Lunatic asylums Bombay report 1891-1903 - 1891-1903
Year: 1891
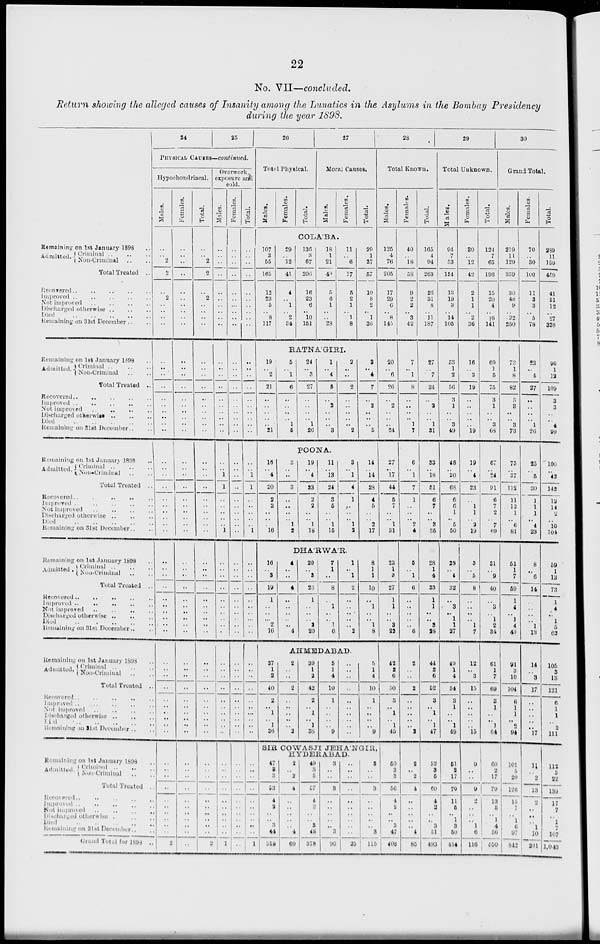
22
No. VII—concluded.
Return showing the alleged causes of Insanity among the Lunatics in the Asylums in the Bombay Presidency
during the year 1898.
Remaining on 1st January 1898 ..
Admitted .. Criminal
..
..
..
Non-Criminal .. ..
Total Treated ..
Recovered .. .. .. .. ..
Improved
..
..
..
..
..
Not improved .. .. .. ..
Discharged otherwise
..
..
..
Died
..
..
..
..
..
Remaining on 31st December .. ..
Remaining on 1st January 1898 ..
Admitted .. Criminal .. .. ..
Non-Criminal .. ..
Total Treated ..
Recovered
..
..
..
..
..
Improved .. .. .. .. ..
Not improved
..
..
..
..
Discharged otherwise
..
..
..
Died
..
..
..
..
..
Remaining on 31st December .. ..
Remaining on 1st January 1898
..
Admitted .. Criminal
..
..
..
Non-Criminal .. ..
Total Treated ..
Recovered
..
..
..
..
..
Improved
..
..
..
..
..
Not improved
..
..
..
..
Discharged otherwise
..
..
..
Died
..
..
..
..
..
Remaining on 31st December .. ..
Remaining on 1st January 1898 ..
Admitted .. Criminal
..
..
..
Non-Criminal .. ..
Total Treated ..
Recovered .. .. .. .. ..
Improved
..
..
..
..
..
Not improved .. .. .. ..
Discharged otherwise
..
..
..
Died .. .. ..
Remaining on 31st December .. ..
Remaining on 1st January 1893 ..
Admitted .. Criminal .. .. ..
Non-Criminal .. ..
Total Treated ..
Recovered .. .. .. .. ..
Improved .. .. .. .. ..
Not improved .. .. .. ..
Discharged otherwise .. .. .. ..
Died .. .. .. .. ..
Remaining on 31st December .. ..
Remaining on 1st January 1898 ..
Admitted .. Criminal
..
..
..
Non-Criminal .. ..
Total Treated ..
Recovered
..
..
..
..
..
Improved
..
..
..
..
..
Not improved .. .. .. ..
Discharged otherwise .. .. ..
Died .. .. .. .. ..
Remaining on 31st December .. ..
Grand Total for 1898 ..
24
25
PHYSICAL CAUSES—continued.
Hypochondriacal.
Males.
..
..
2
2
..
2
..
..
..
..
..
..
..
..
..
..
..
..
..
..
..
..
..
..
..
..
..
..
..
..
..
..
..
..
..
..
..
..
..
..
..
..
..
..
..
..
..
..
..
..
..
..
..
..
..
..
..
..
..
..
2
Females.
..
..
..
..
..
..
..
..
..
..
..
..
..
..
..
..
..
..
..
..
..
..
..
..
..
..
..
..
..
..
..
..
..
..
..
..
..
..
..
..
..
..
..
..
..
..
..
..
..
..
..
..
..
..
..
..
..
..
..
..
..
Total.
..
..
2
2
..
2
..
..
..
..
..
..
..
..
..
..
..
..
..
..
..
..
..
..
..
..
..
..
..
..
..
..
..
..
..
..
..
..
..
..
..
..
..
..
..
..
..
..
..
..
..
..
..
..
..
..
..
..
..
..
2
Overwork,
exposure and
cold.
Males.
..
..
..
..
..
..
..
..
..
..
..
..
..
..
..
..
..
..
..
..
..
..
1
1
..
..
..
..
..
1
..
..
..
..
..
..
..
..
..
..
..
..
..
..
..
..
..
..
..
..
..
..
..
..
..
..
..
..
..
..
1
Females.
..
..
..
..
..
..
..
..
..
..
..
..
..
..
..
..
..
..
..
..
..
..
..
..
..
..
..
..
..
..
..
..
..
..
..
..
..
..
..
..
..
..
..
..
..
..
..
..
..
..
..
..
..
..
..
..
..
..
..
..
..
Total.
..
..
..
..
..
..
..
..
..
..
..
..
..
..
..
..
..
..
..
..
..
..
1
1
..
..
..
..
..
1
..
..
..
..
..
..
..
..
..
..
..
..
..
..
..
..
..
..
..
..
..
..
..
..
..
..
..
..
..
..
1
26
Total Physical.
Males.
Females.
Total.
27
Moral Causes.
Males.
Females.
Total.
COLÁBA.
107
3
55
165
12
23
5
..
8
117
29
..
12
41
4
..
1
..
2
34
136
3
67
206
16
23
6
..
10
151
18
1
21
40
5
6
1
..
..
28
11
..
6
17
5
2
1
..
1
8
29
1
27
57
10
8
2
..
1
36
RATNÁGIRI.
19
..
2
21
..
..
..
..
..
21
5
..
1
6
..
..
..
..
1
5
24
..
3
27
..
..
..
..
1
26
1
..
4
5
..
2
..
..
..
3
2
..
..
2
..
..
..
..
..
2
8
..
4
7
..
2
..
..
..
5
POONA.
16
..
4
20
2
2
..
..
..
16
3
..
..
3
..
..
..
..
1
2
19
..
4
23
2
2
..
..
1
18
11
..
13
24
3
5
..
..
1
15
3
..
1
4
1
..
..
..
1
2
14
..
14
28
4
5
..
..
2
17
DHÁRWÁR
16
..
3
19
1
..
..
..
2
16
4
..
..
4
..
..
..
..
..
4
20
..
3
23
1
..
..
..
2
20
7
1
..
8
..
1
..
..
1
6
1
..
1
2
..
..
..
..
..
2
8
1
1
10
..
1
..
..
1
8
AHMEDABAD.
37
1
2
40
2
..
1
..
1
36
2
..
..
2
..
..
..
..
..
2
39
1
2
42
2
..
1
..
1
38
5
1
4
10
1
..
..
..
..
9
..
..
..
..
..
..
..
..
..
..
5
1
4
10
1
..
..
..
..
9
SIR COWASJI JEHÁNGIR,
HYDERABAD.
47
3
3
53
4
2
..
..
3
44
318
2
..
2
4
..
..
..
..
..
4
60
49
3
5
57
4
2
..
..
3
48
378
3
..
..
3
..
..
..
..
..
3
90
..
..
..
..
..
..
..
..
..
..
25
3
..
..
3
..
..
..
..
..
3
115
28
Total Known.
Males.
125
4
76
205
17
29
6
..
8
145
20
..
6
26
..
2
..
..
..
24
27
..
17
44
5
7
..
..
1
31
23
1
3
27
1
1
..
..
3
22
42
2
6
50
3
..
1
..
1
45
50
3
3
56
4
2
..
..
3
47
408
Females.
40
..
18
58
9
2
2
..
3
42
7
..
1
8
..
..
..
..
1
7
6
..
1
7
1
..
..
..
2
4
5
..
1
6
..
..
..
..
..
6
2
..
..
2
..
..
..
..
..
2
2
..
2
4
..
..
..
..
..
4
85
Total.
165
4
94
263
26
31
8
..
11
187
27
..
7
34
..
2
..
..
1
31
33
..
18
51
6
7
..
..
3
35
28
1
4
33
1
1
..
..
3
28
44
2 6
52
3
..
1
..
1
47
52
3
5
60
4
2
..
..
3
51
493
29
Total Unknown.
Males.
94
7
53
154
13
19
3
..
14
105
53
1
2
56
3
1
..
..
3
49
48
..
20
68
6
6
1
..
5
50
28
..
4
32
..
3
..
1
1
27
49
1
4
54
3
1
..
..
1
49
51
2
17
70
11
5
..
1
3
50
434
Females.
30
..
12
42
2
1
1
..
2
36
16
..
3
19
..
..
..
..
..
19
19
..
4
23
..
1
1
..
2
19
3
..
5
8
..
..
..
..
1
7
12
..
3
15
..
..
..
..
..
15
9
..
..
9
2
..
..
..
1
6
116
Total.
124
7
65
196
15
20
4
..
16
141
69
1
5
75
3
1
..
..
3
68
67
..
24
91
6
7
2
..
7
69
31
..
9
40
..
3
..
1
2
34
61
1
7
69
3
1
..
..
1
64
60
2
17
79
13
5
..
1
4
56
550
30
Grand Total.
Males.
219
11
129
359
30
48
9
..
22
250
73
1
8
82
3
3
..
..
3
73
75
..
37
112
11
13
1
..
6
81
51
1
7
59
1
4
..
1
4
49
91
3
10
104
6
1
1
..
2
94
101
5
20
126
15
7
..
1
6
97
842
Females.
70
..
30
100
11
3
3
..
5
78
23
..
4
27
..
..
..
..
1
26
25
..
5
30
1
1
1
..
4
23
8
..
6
14
..
..
..
..
1
13
14
..
3
17
..
..
..
..
..
17
11
..
2
13
2
..
..
..
1
10
201
Total.
289
11
159
459
41
51
12
..
27
328
96
1
12
109
3
3
..
..
4
99
100
..
42
142
12
14
2
..
10
104
59
1
13
73
1
4
..
1
5
62
105
3
13
121
6
1
1
..
2
111
112
5
22
139
17
7
..
1
7
107
1,043